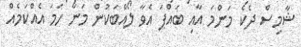
ޝާމިސް ދެކެ މަންމަ އާއި ބައްޕަ އެވާ ލޯއްބަކުން މަނާ ހަމަ އެއްކަމެއް